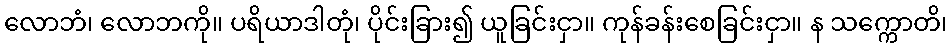
လောဘံ၊ လောဘကို။ ပရိယာဒါတုံ၊ ပိုင်းခြား၍ ယူခြင်းငှာ။ ကုန်ခန်းစေခြင်းငှာ။ န သက္ကောတိ၊